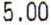
5.00